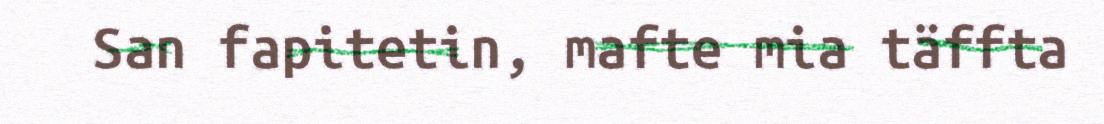
San fapitetin, mafte mia täffta